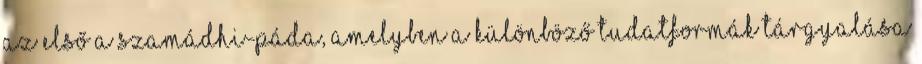
Az első a Szamádhi-páda, amelyben a különböző tudatformák tárgyalása